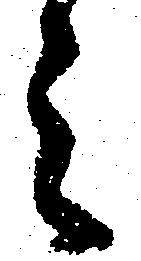
之